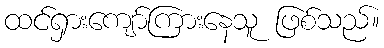
ထင်ရှားကျော်ကြားနေသူ ဖြစ်သည်။